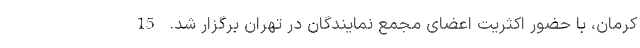
کرمان، با حضور اکثریت اعضای مجمع نمایندگان در تهران برگزار شد. 15